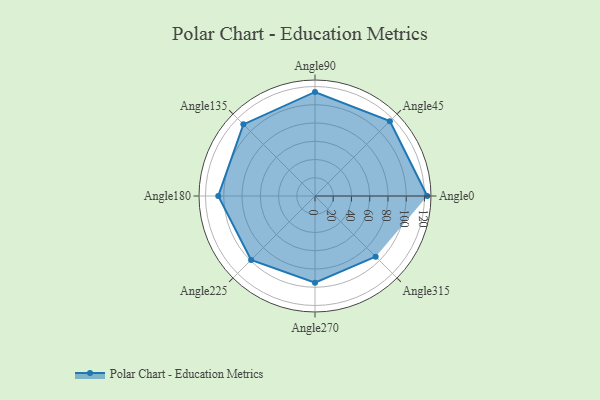
{"axis": {"x": "Angle", "y": "Radius"}, "legend": [""], "data": [{"x": "Angle0", "y": 123.0, "type": ""}, {"x": "Angle45", "y": 116.0, "type": ""}, {"x": "Angle90", "y": 114.0, "type": ""}, {"x": "Angle135", "y": 111.0, "type": ""}, {"x": "Angle180", "y": 106.0, "type": ""}, {"x": "Angle225", "y": 99.0, "type": ""}, {"x": "Angle270", "y": 95.0, "type": ""}, {"x": "Angle315", "y": 94.0, "type": ""}]}